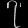
Digit: ၇